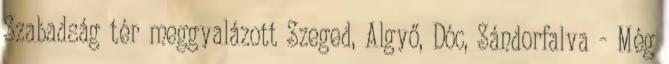
Szabadság tér meggyalázott Szeged, Algyő, Dóc, Sándorfalva - Még